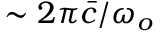
\sim 2 \pi \bar { c } / \omega _ { o }